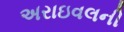
અરાઇવલની